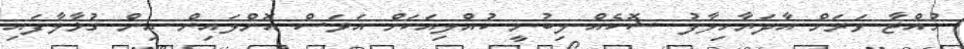
ހުއްޓާ ވަރަށް އާދަޔާހިލާފު ޝޮކެއް ލިބުނީ ކުއްލިއަކަށް އަވަސް އޮންލައިން އިން ގުޅާލާފައި